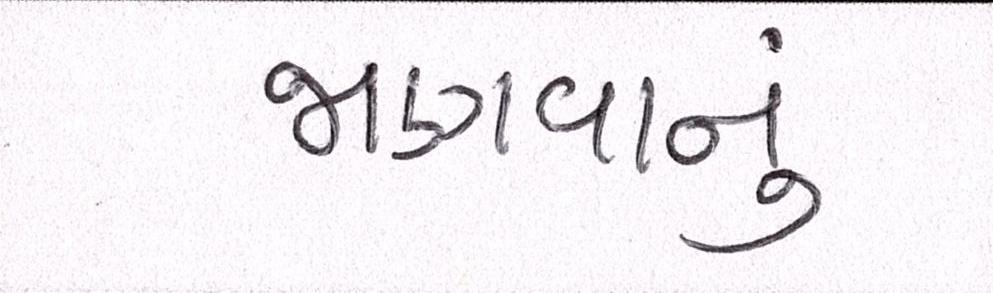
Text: જાણવાનું